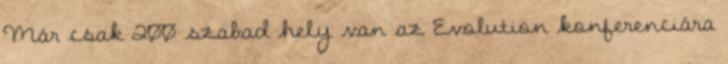
Már csak 200 szabad hely van az Evolution konferenciára